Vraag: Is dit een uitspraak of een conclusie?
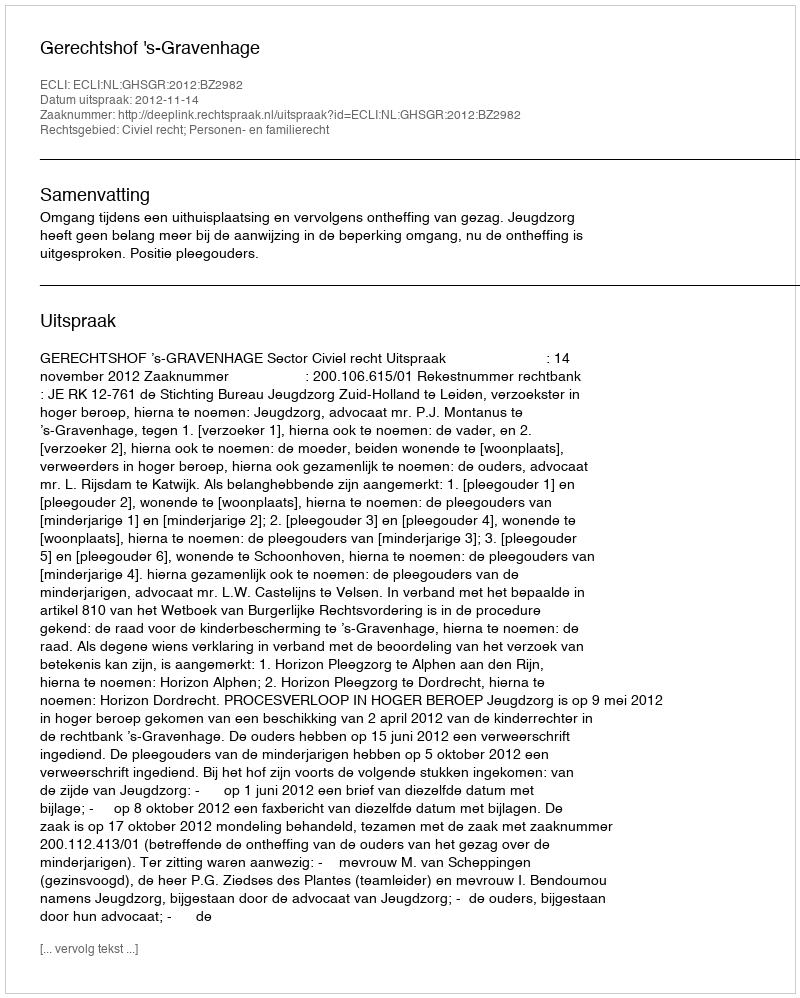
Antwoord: Uitspraak